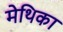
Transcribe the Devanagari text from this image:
मेथिका